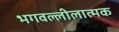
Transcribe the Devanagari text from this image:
भगवल्लीलात्मक